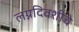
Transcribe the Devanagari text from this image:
लग्नदिवशीचे